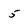
Character: 5